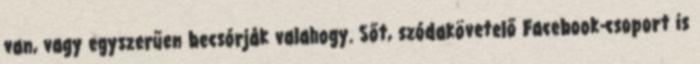
van, vagy egyszerűen becsórják valahogy. Sőt, szódakövetelő Facebook-csoport is